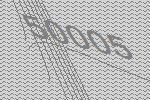
50005